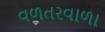
વળતરવાળા